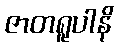
ဇာတရူပါနိ